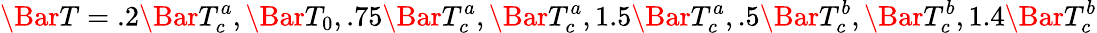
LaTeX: \Bar{T}=.2\Bar{T}_{c}^{a},\Bar{T}_{0},.75\Bar{T}_{c}^{a},\Bar{T}_{c}^{a},1.5\Bar{T}_{c}^{a},.5\Bar{T}_{c}^{b},\Bar{T}_{c}^{b},1.4\Bar{T}_{c}^{b}